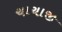
ચાચાજી